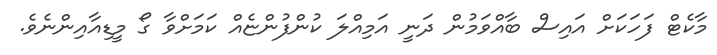
މާކެޓް ފަހަކަށް އައިސް ބާއްވަމުން ދަނީ އަމިއްލަ ކުންފުންޏެއް ކަމަށްވާ ގޯ މީޑިއާއިންނެވެ.